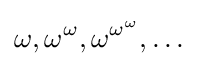
\omega ,\omega ^{\omega },\omega ^{\omega ^{\omega }},\ldots